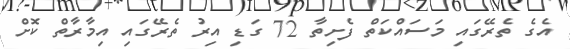
އެގެ ތެރޭގައި މަސައްކަތް ފެށިތާ 72 ގަޑި އިރު ތެރޭގައި އިމާރާތް ކޮށް